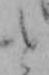
と